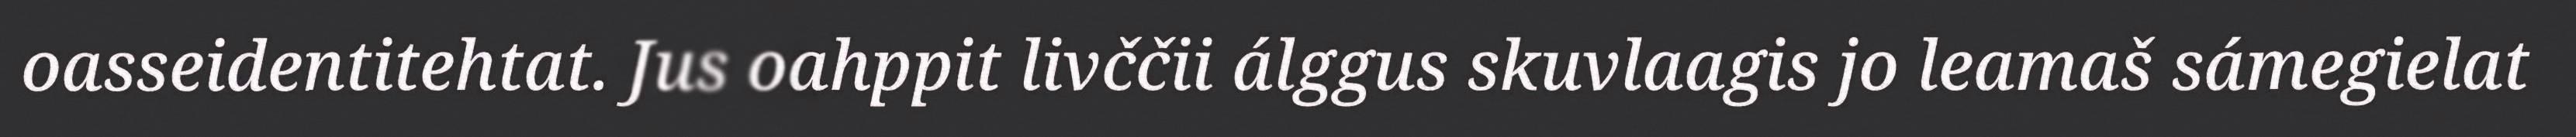
oasseidentitehtat. Jus oahppit livččii álggus skuvlaagis jo leamaš sámegielat